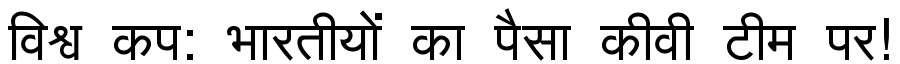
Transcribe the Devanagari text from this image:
विश्व कप: भारतीयों का पैसा कीवी टीम पर!